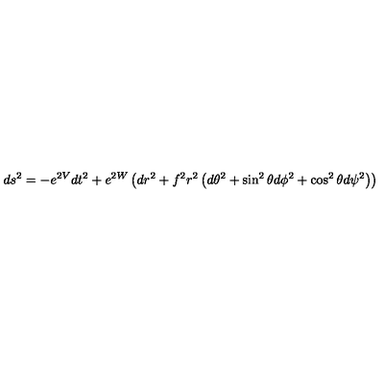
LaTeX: d s ^ { 2 } = - e ^ { 2 V } d t ^ { 2 } + e ^ { 2 W } \left( d r ^ { 2 } + f ^ { 2 } r ^ { 2 } \left( d \theta ^ { 2 } + \sin ^ { 2 } \theta d \phi ^ { 2 } + \cos ^ { 2 } \theta d \psi ^ { 2 } \right) \right)